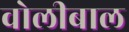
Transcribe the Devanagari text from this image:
वोलीबाल